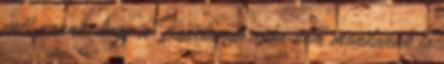
volt annak, hogy a Bourbonok soha nem mondanak le